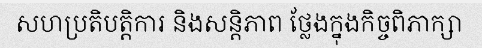
សហប្រតិបត្តិការ និងសន្តិភាព ថ្លែងក្នុងកិច្ចពិភាក្សា